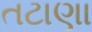
તટાણા